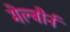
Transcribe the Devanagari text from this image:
मेल्बौर्न